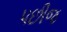
પછીજ